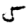
Digit: 5